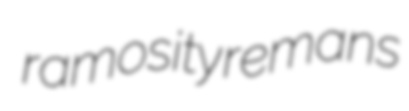
ramosity remans